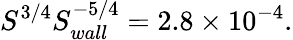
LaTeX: S^{3/4}S_{wall}^{-5/4}=2.8\times 10^{-4}.